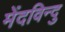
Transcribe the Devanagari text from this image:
मेंदविन्दु